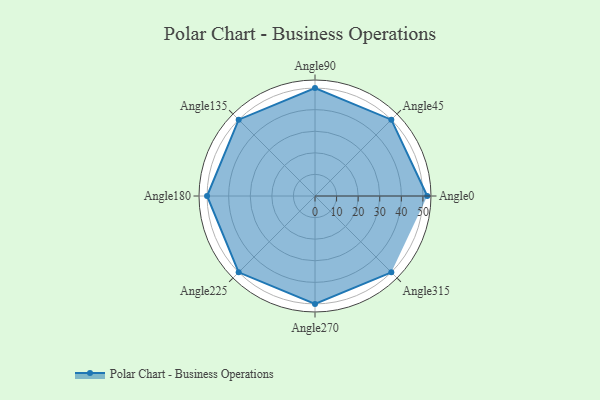
{"axis": {"x": "Angle", "y": "Radius"}, "legend": [""], "data": [{"x": "Angle0", "y": 52.0, "type": ""}, {"x": "Angle45", "y": 50, "type": ""}, {"x": "Angle90", "y": 50, "type": ""}, {"x": "Angle135", "y": 50, "type": ""}, {"x": "Angle180", "y": 50, "type": ""}, {"x": "Angle225", "y": 50, "type": ""}, {"x": "Angle270", "y": 50, "type": ""}, {"x": "Angle315", "y": 50, "type": ""}]}